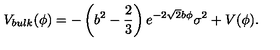
V _ { b u l k } ( \phi ) = - \left( b ^ { 2 } - \frac { 2 } { 3 } \right) e ^ { - 2 \sqrt { 2 } b \phi } \sigma ^ { 2 } + V ( \phi ) .